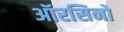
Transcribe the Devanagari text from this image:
ऑरसिनो